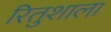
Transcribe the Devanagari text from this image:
रितुशाला